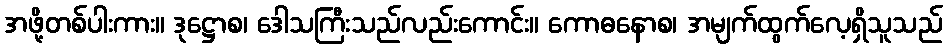
အဖို့တစ်ပါးကား။ ဒုဋ္ဌောစ၊ ဒေါသကြီးသည်လည်းကောင်း။ ကောဓနောစ၊ အမျက်ထွက်လေ့ရှိသူသည်